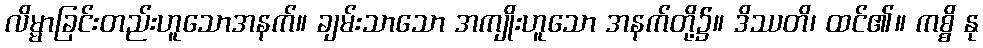
လိမ္မာခြင်းတည်းဟူသောအနက်။ ချမ်းသာသော အကျိုးဟူသော အနက်တို့၌။ ဒိဿတိ၊ ထင်၏။ ကစ္စိ နု